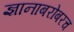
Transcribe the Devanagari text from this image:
ज्ञानाबरोबरच